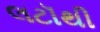
લટૉથી